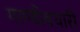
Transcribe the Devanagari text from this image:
गाण्डीवधारी